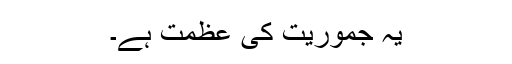
یہ جموریت کی عظمت ہے۔